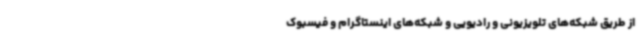
از طریق شبکه‌های تلویزیونی و رادیویی و شبکه‌های اینستاگرام و فیسبوک